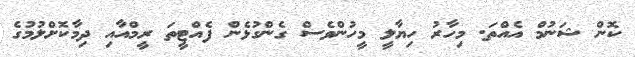
ކޮން ޝަނުމް އެއްތަ. މިހާރު ހިޔާލީ މީހުންވެސް ގެންގުޅެން ފެއްޓީތަ ރީމްއާއި ދިމާކޮށްލުމުގެ